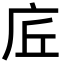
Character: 𢇹